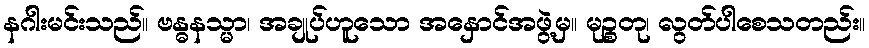
နဂါးမင်းသည်။ ဗန္ဓနသ္မာ၊ အချုပ်ဟူသော အနှောင်အဖွဲ့မှ။ မုဉ္စတု၊ လွတ်ပါစေသတည်း။